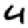
Digit: 4